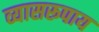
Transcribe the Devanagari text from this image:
व्यासरूपाय